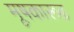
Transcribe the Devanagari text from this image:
मूषकारूढ